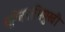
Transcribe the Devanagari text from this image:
पश्चिमाभिमुखी